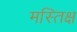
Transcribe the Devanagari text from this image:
मस्तिक्ष